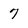
Character: 7